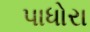
પાધોરા